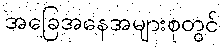
အခြေအနေအများစုတွင်